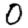
Digit: 0